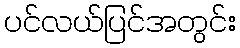
ပင်လယ်ပြင်အတွင်း